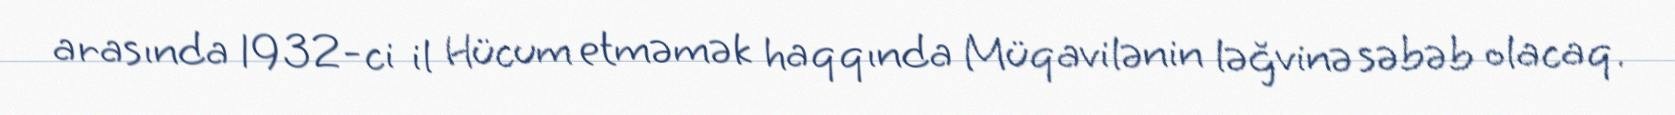
arasında 1932-ci il Hücum etməmək haqqında Müqavilənin ləğvinə səbəb olacaq.